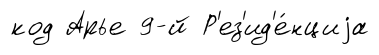
код Арье 9-й Р'ез'ид'е́нциjа